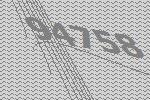
94758